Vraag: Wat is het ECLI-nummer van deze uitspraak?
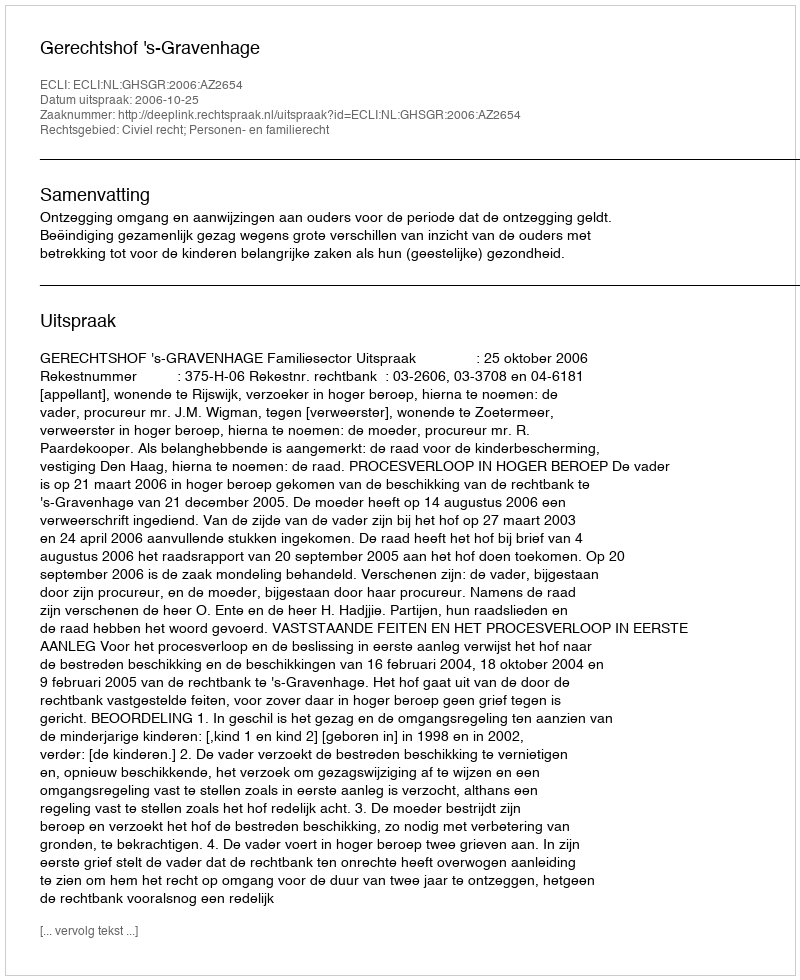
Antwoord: ECLI:NL:GHSGR:2006:AZ2654